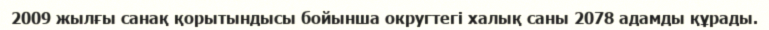
2009 жылғы санақ қорытындысы бойынша округтегі халық саны 2078 адамды құрады.